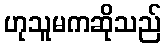
ဟုသူမကဆိုသည်